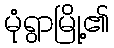
မုံရွာမြို့၏